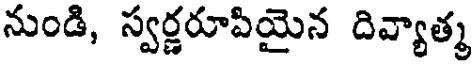
నుండి, స్వర్ణరూపియైన దివ్యాత్మ